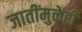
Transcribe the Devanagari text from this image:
जातींमुळेही